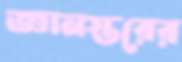
জ্ঞানস্তরের